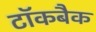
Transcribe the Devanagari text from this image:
टॉकबैक